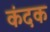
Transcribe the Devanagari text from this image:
कंदक